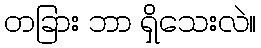
တခြား ဘာ ရှိသေးလဲ။